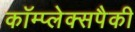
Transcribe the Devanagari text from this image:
कॉम्प्लेक्सपैकी